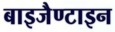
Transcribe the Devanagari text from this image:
बाइजैण्टाइन